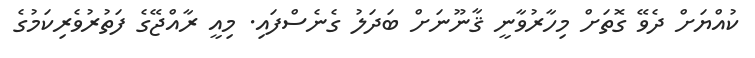
ކުއްޔަށް ދެވޭ ގޮތަށް މިހާރުވާނީ ޤާނޫނަށް ބަދަލު ގެނެސްފައި. މިއީ ރާއްޖޭގެ ފަތުރުވެރިކަމުގެ